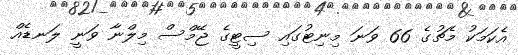
އެކަމަކު މެޗުގެ 66 ވަނަ މިނިޓުގައި ސިޓީގެ ޖޭމްސް މިލްނާ ވަނީ ލަނޑެއް